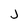
Character: J